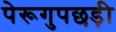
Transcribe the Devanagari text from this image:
पेरूगुपछड़ी